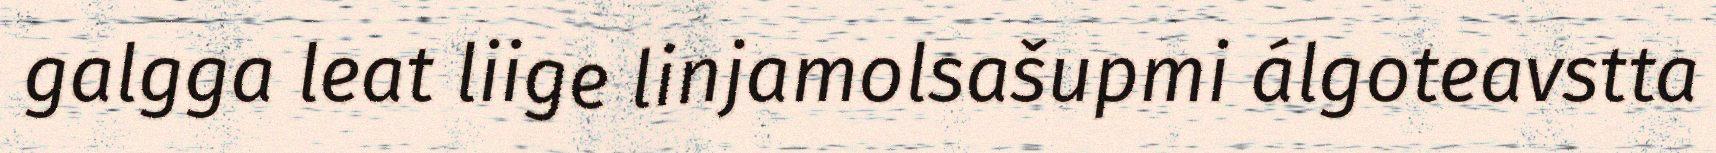
galgga leat liige linjamolsašupmi álgoteavstta